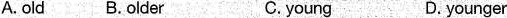
A. oldB. olderC. youngD. younger